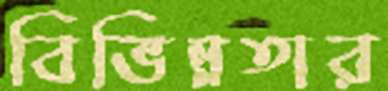
বিভিন্নতার